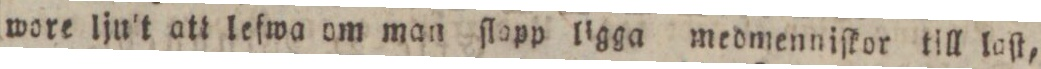
wore ljult att lefwa om man ſlopp ligga medmenniſkor till laſt,